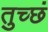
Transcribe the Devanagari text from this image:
तुच्छं